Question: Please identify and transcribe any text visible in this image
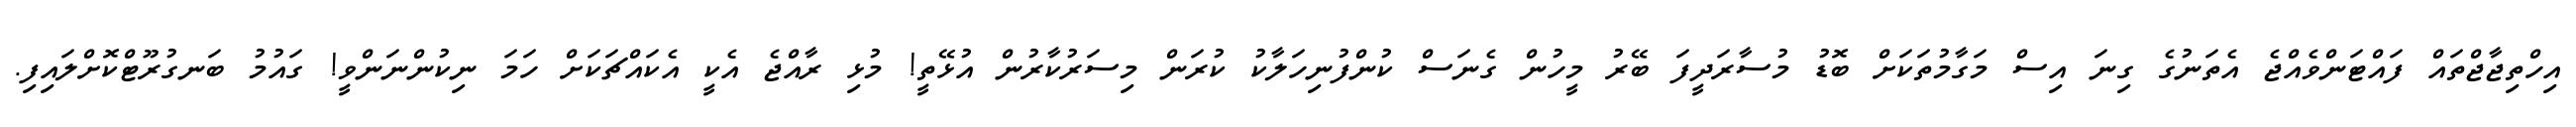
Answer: އިހްތިޖާޖްތައް ފައްޓަންވެއްޖެ އެތަނުގެ ގިނަ އިސް މަގާމުތަކަށް ބޮޑު މުސާރަދީފަ ބޭރު މީހުން ގެނަސް ކުންފުނިހަލާކު ކުރަން މިސަރުކާރުން އުޅޭތީ! މުޅި ރާއްޖެ އެކީ އެކައްޗަކަށް ހަމަ ނިކުންނަންވީ! ގައުމު ބަނގުރޫޓްކޮށްލައިފި.